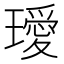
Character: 璦